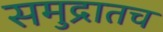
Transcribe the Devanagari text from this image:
समुद्रातच